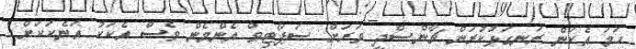
ހަމަ އެކަން ރަނގަޅުކުރަން ޗާންސްދީ ވަރަށް ސަޕޯޓިވް އެންމެން ވެސް އެކަކު އަނެކަކަށް.